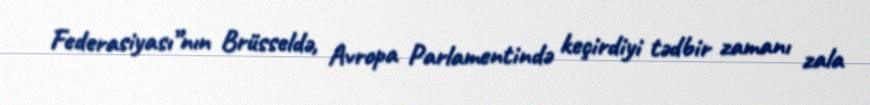
Federasiyası”nın Brüsseldə, Avropa Parlamentində keçirdiyi tədbir zamanı zala